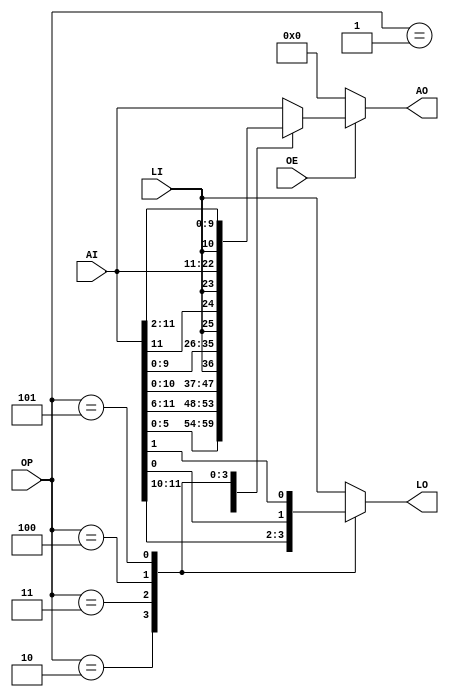
//
// Rotater.v - for the PDP-8 in Verilog project
//
// github.com/SmallRoomLabs/PDP8-Verilog
// Mats Engstrom - mats.engstrom@gmail.com
//
// Rotater | 1 | 5 | 1 | 1
//

`default_nettype none

module Rotater (
  input [2:0] OP,
  input [11:0] AI,
  input LI,
  input OE,
  output [11:0] AO,
  output LO
);

reg [11:0] Areg;
reg Lreg;

always @* begin
case({OP[2],OP[1],OP[0]})
  3'b001: begin // Swap
            Areg={AI[5:0],AI[11:6]};
            Lreg=LI;
          end
  3'b010: begin // Shift left 1 step
            Areg={AI[10:0],LI};
            Lreg=AI[11];
            end
  3'b011: begin // Shift left 2 steps
            Areg={AI[9:0],LI,AI[11]};
            Lreg=AI[10];
            end
  3'b100: begin // Shift right 1 step
            Areg={LI,AI[11:1]};
            Lreg=AI[0];
            end
  3'b101: begin // Shift right 2 steps
            Areg={AI[0],LI,AI[11:2]};
            Lreg=AI[1];
            end
  default: begin
              Areg=AI;
              Lreg=LI;
            end
  endcase
end

assign AO=OE ? Areg : 12'b0;
assign LO=Lreg;

endmodule